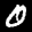
Label: 0